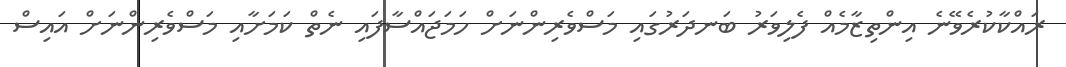
ރައްކާކުރެވޭނެ އިންތިޒާމެއް ފެލިވަރު ބަނދަރުގައި މަސްވެރިންނަށް ހަމަޖައްސާފައި ނެތް ކަމަށާއި މަސްވެރިންނަށް އައިސް